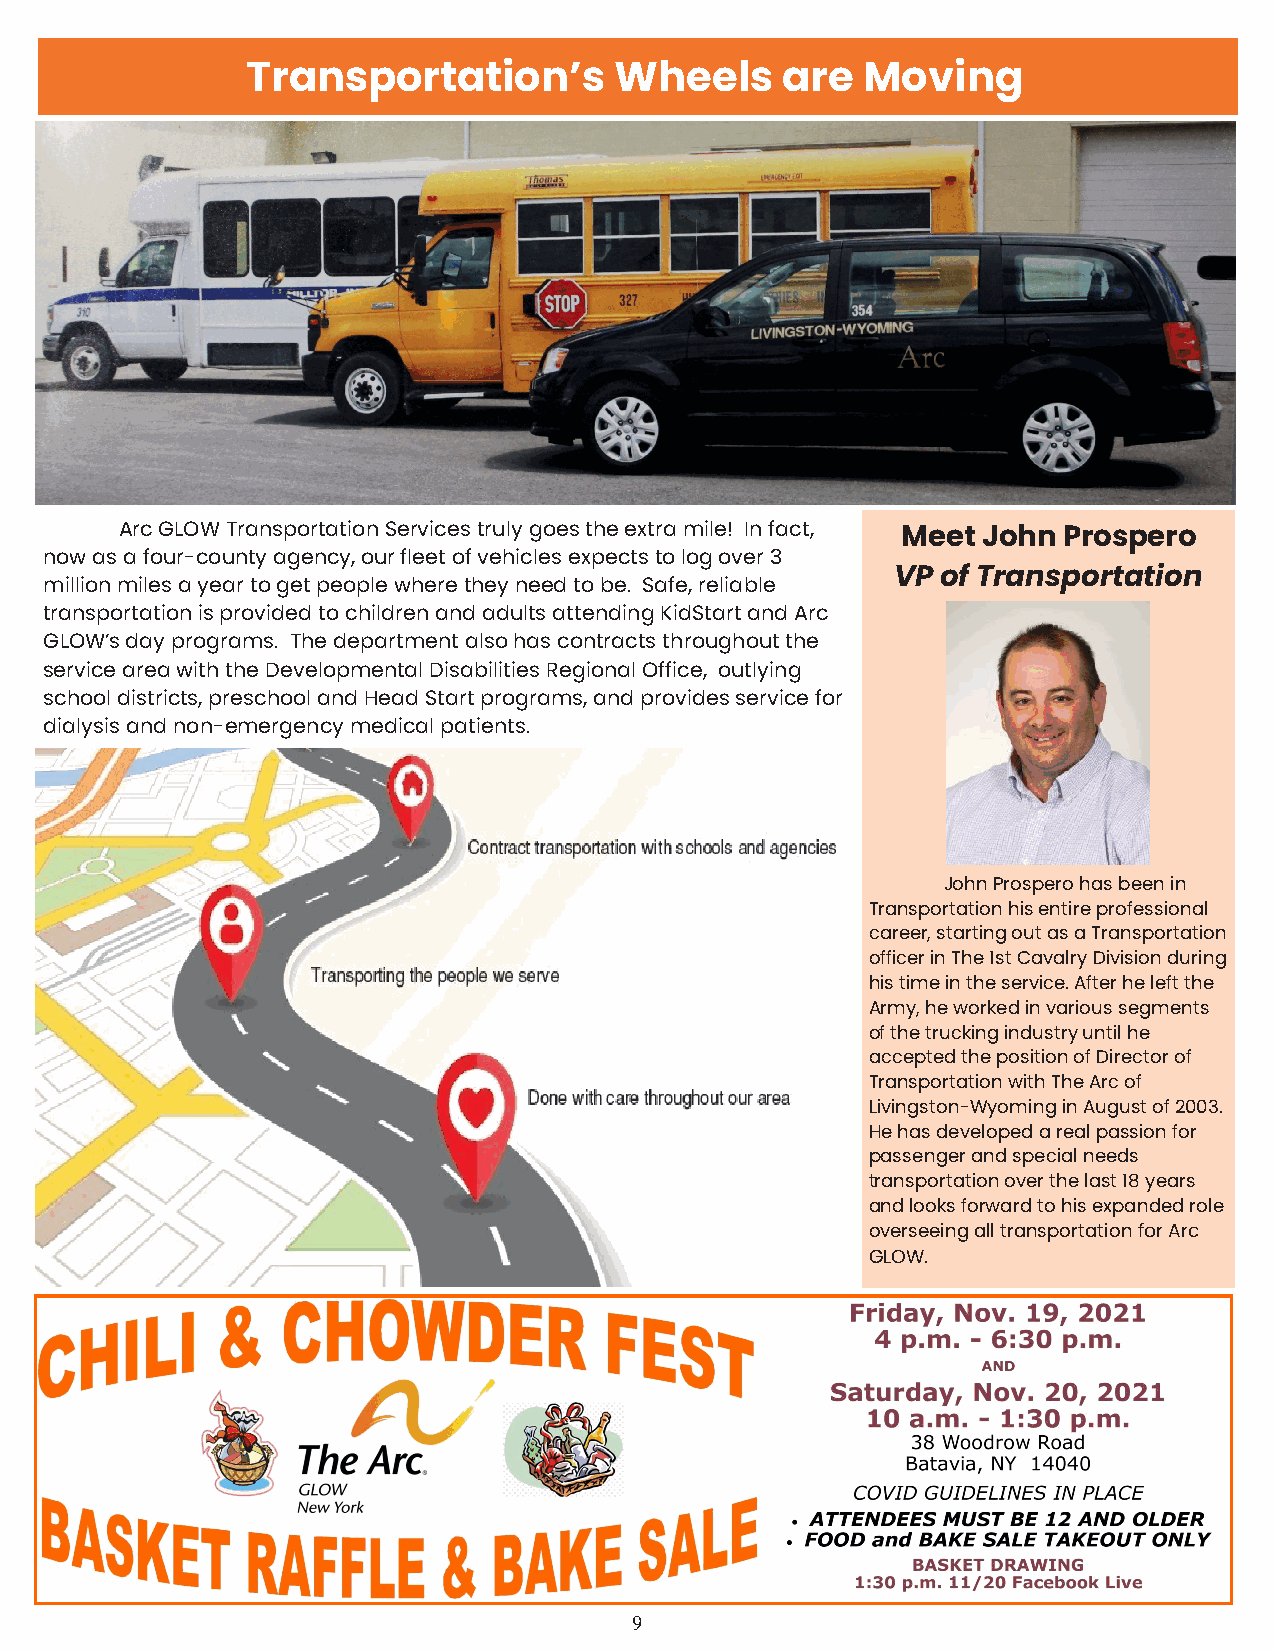
Transportation’s         Wheels     are  Moving
 Arc GLOW Transportation Services truly goes the extra mile! In fact, Meet John Prospero
 now as a four-county agency, our fleet of vehicles expects to log over 3
 VP of Transportation
 million miles a year to get people where they need to be. Safe, reliable
 transportation is provided to children and adults attending KidStart and Arc
 GLOW’s day programs. The department also has contracts throughout the
 service area with the Developmental Disabilities Regional Office, outlying
 school districts, preschool and Head Start programs, and provides service for
 dialysis and non-emergency medical patients.
 John Prospero has been in
 Transportation his entire professional
 career, starting out as a Transportation
 officer in The 1st Cavalry Division during
 his time in the service. After he left the
 Army, he worked in various segments
 of the trucking industry until he
 accepted the position of Director of
 Transportation with The Arc of
 Livingston-Wyoming in August of 2003.
 He has developed a real passion for
 passenger and special needs
 transportation over the last 18 years
 and looks forward to his expanded role
 overseeing all transportation for Arc
 GLOW.
 9